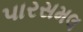
પારસમલ